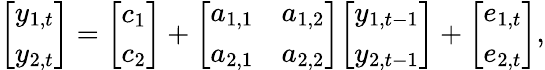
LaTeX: {\left[\begin{array}{l}{y_{1,t}}\\ {y_{2,t}}\end{array}\right]}={\left[\begin{array}{l}{c_{1}}\\ {c_{2}}\end{array}\right]}+{\left[\begin{array}{ll}{a_{1,1}}&{a_{1,2}}\\ {a_{2,1}}&{a_{2,2}}\end{array}\right]}{\left[\begin{array}{l}{y_{1,t-1}}\\ {y_{2,t-1}}\end{array}\right]}+{\left[\begin{array}{l}{e_{1,t}}\\ {e_{2,t}}\end{array}\right]},